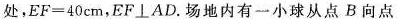
处，EF=40cm，EF⊥AD。场地内有一小球从点B向点